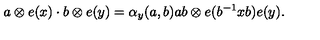
a \otimes e ( x ) \cdot b \otimes e ( y ) = \alpha _ { y } ( a , b ) a b \otimes e ( b ^ { - 1 } x b ) e ( y ) .